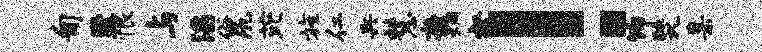
匍至恨与滔俗尻芘旌仁兵慧裔炯壑！饰燹臬